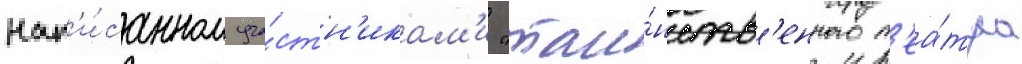
нап'и́санном уча́стн'икам'и "таи́нств'енного т'еа́тра